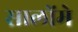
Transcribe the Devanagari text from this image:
सालोंमे